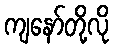
ကျနော်တို့လို